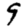
Digit: 9